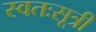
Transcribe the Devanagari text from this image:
स्वतःसूत्री